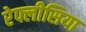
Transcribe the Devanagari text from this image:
रेफ्लीसिया